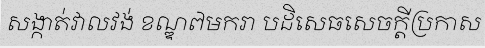
សង្កាត់វាលវង់ ខណ្ឌ៧មករា បដិសេធសេចក្តីប្រកាស